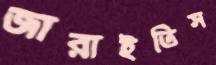
জারাইতিস